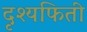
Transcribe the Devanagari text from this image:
दृश्यफिती